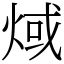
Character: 𤊨